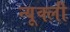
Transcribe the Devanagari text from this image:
न्यूक्ली